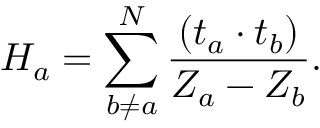
H _ { a } = \sum _ { b \neq a } ^ { N } \frac { ( t _ { a } \cdot t _ { b } ) } { Z _ { a } - Z _ { b } } .